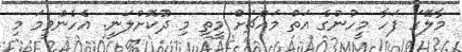
މާލޭގަ ފަހާ މީހުންގެ އަތް މައްޗަށް މީތި މި ދޫކޮށްލަނީ. އެހެންވީމަ މި